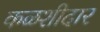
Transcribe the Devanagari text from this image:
कळशीदार